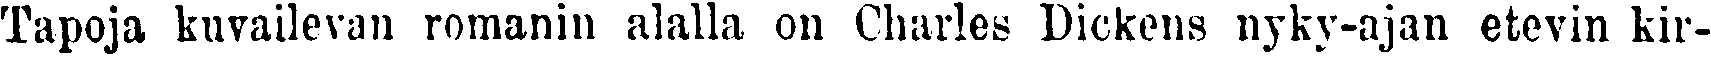
Tapoja kuvailevan romanin alalla on Charles Dickens nyky-ajan etevin kir-